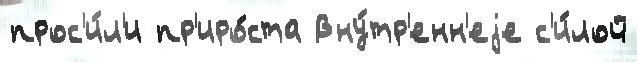
прос'и́л'и пр'иро́ста Вну́тр'енн'еjе с'и́лой